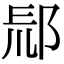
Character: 𨛞